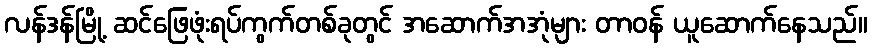
လန်ဒန်မြို့ ဆင်ဖြေဖုံးရပ်ကွက်တစ်ခုတွင် အဆောက်အအုံများ တာဝန် ယူဆောက်နေသည်။